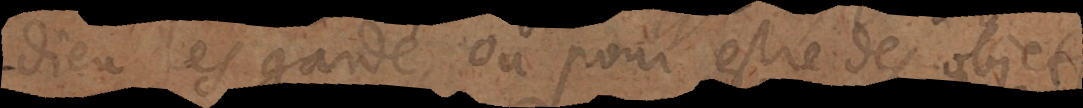
Dieu les garde, ou pour estre des objets